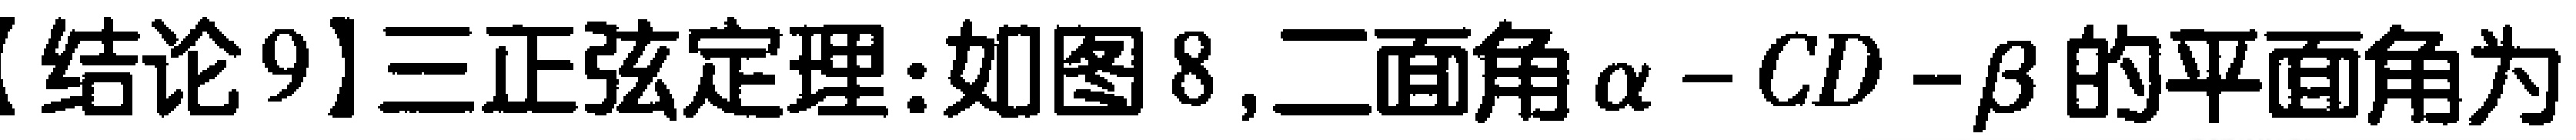
【结论9】三正弦定理:如图8,二面角\(\alpha -CD -\beta\)的平面角为